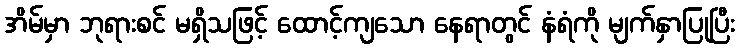
အိမ်မှာ ဘုရားစင် မရှိသဖြင့် ထောင့်ကျသော နေရာတွင် နံရံကို မျက်နှာပြုပြီး